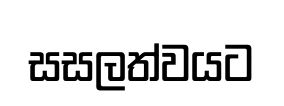
සසලත්වයට